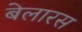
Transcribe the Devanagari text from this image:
बेलारस